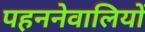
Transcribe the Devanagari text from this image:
पहननेवालियों